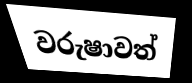
වරුෂාවත්